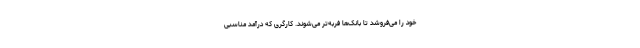
خود را می‌فروشد تا بانک‌ها فربه‌تر می‌شوند. کارگری که درآمد مناسبی